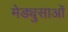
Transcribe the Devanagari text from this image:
मेड्युसाओं